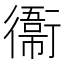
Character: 𫟙